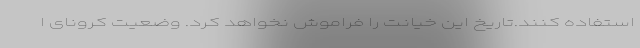
استفاده کنند.تاریخ این خیانت را فراموش نخواهد کرد. وضعیت کرونای ا